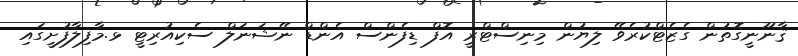
ޤާނޫނީގޮތުން ގެޒެޓްކުރެވޭ ލިޔުން މިނިސްޓްރީ އޮފް ޑިފެންސް އެންޑް ނޭޝަނަލް ސެކިއުރިޓީ ޅ.މާފިލާފުށީގައި